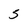
Character: S